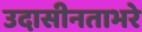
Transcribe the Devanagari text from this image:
उदासीनताभरे